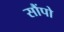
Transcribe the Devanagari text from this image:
सौंपो